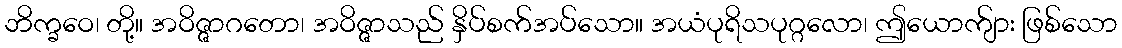
ဘိက္ခဝေ၊ တို့။ အဝိဇ္ဇာဂတော၊ အဝိဇ္ဇာသည် နှိပ်စက်အပ်သော။ အယံပုရိသပုဂ္ဂလော၊ ဤယောက်ျား ဖြစ်သော